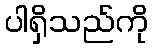
ပါရှိသည်ကို